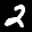
Label: 2